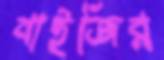
বাইজির